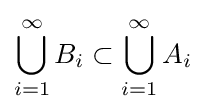
\bigcup _{i=1}^{\infty }B_{i}\subset \bigcup _{i=1}^{\infty }A_{i}